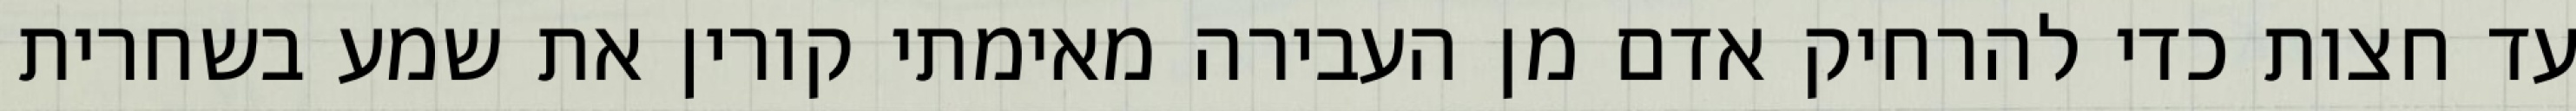
עד חצות כדי להרחיק אדם מן העבירה מאימתי קורין את שמע בשחרית